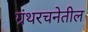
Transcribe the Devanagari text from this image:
ग्रंथरचनेतील